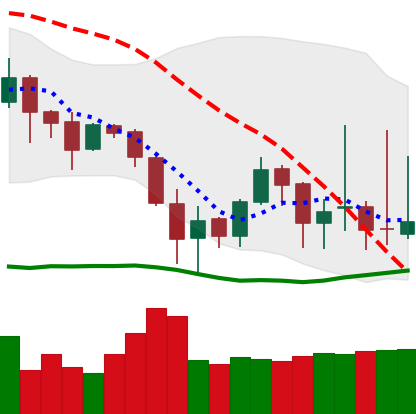
Ticker: DOGE-USD
Chart end date: 2019-08-26
Forward return: -6.271%
Label: down_5_7